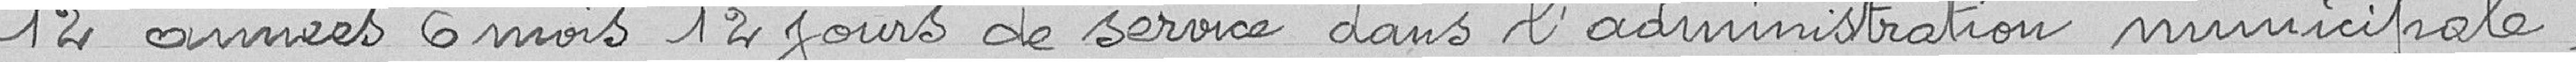
12 années 6 mois 12 jours de service dans l’administration municipale